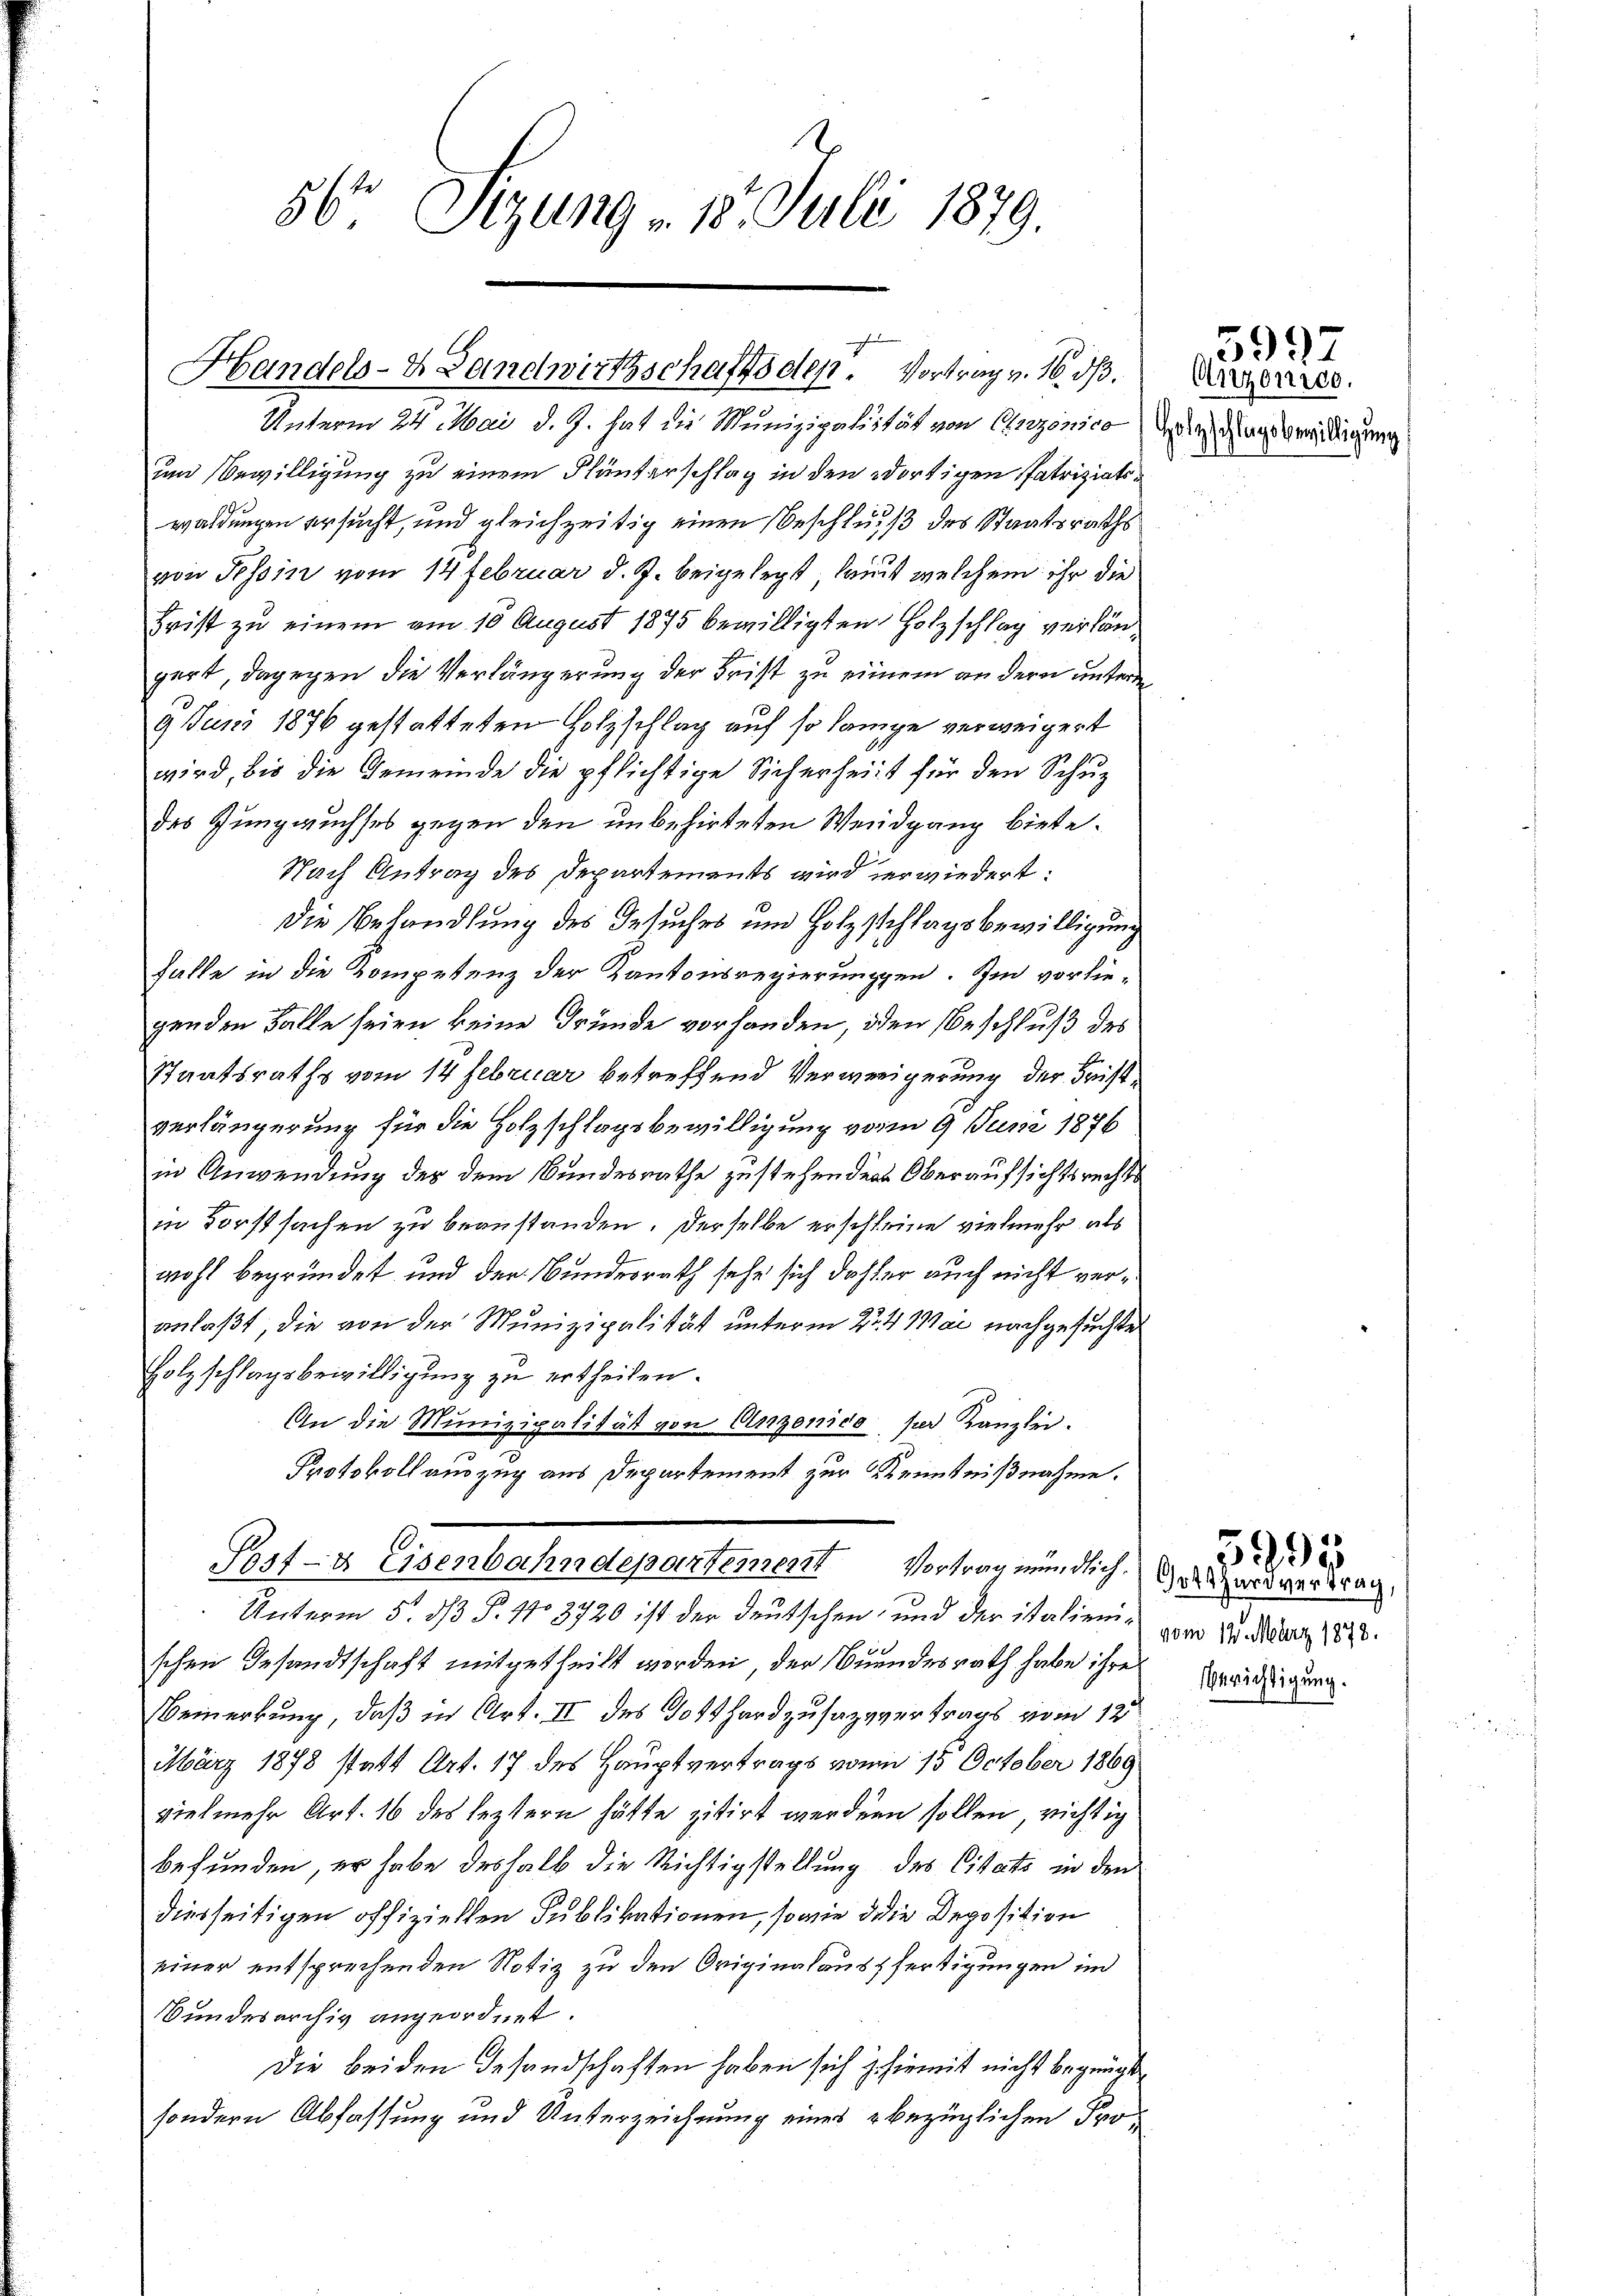
56. Sitzung - 18. Juli 1879.

Handels- & Landwirtschaftsden. Vortrag v. 16. ds.

Frist zu einem am 10 August 1875 bewilligten Holzschlag verlängert, dagegen die Verlängerung der Frist zu einem andern unterm
9 Juni 1876 gestatteten Holzschlag auf so lange verweigert
wird, bis die Gemeinde die pflichtige Sicherheit für den Schu
das Zungwuchses gegen den unbehirteten Weidgang biete.
Nach Antrag des Departements wird verwiedert:
Die Behandlung des Gesuches und Holzschlagsbewilligung
falle in die Kompetenz der Kantonsregierungen. Im vorliegenden Falle seien keine Gründe vorhanden, den Beschluß des
Staatsraths vom 14 Februar betreffend Verwenigerung der Fristverlängerung für die Holzschlagsbewilligung vom 9 Juni 1876
in Anwendung der dem Bundesrathe zu stehenden Oberaufsichtsrechts
in Forstsachen zu beanstanden. Derselbe erschleine vielmehr als
wohl begründet und der Bundesrath sehr sich daher auch nicht veranlaßt, die von der Munizipalität unterm 24. Mai nachgesuchte
Holzschlagsbewilligung zu ertheilen.
An die Munizipalität von Anzonico, per Kanzlei.
e
Protokoll auszug aus Departement zur Kenntnißnahme.
Post- & Eisenbahndepartement Vortrag mündlich.
Unterm 5. dß P. No 3720 ist der deutschen, und der ist alienischen Gesandtschaft mitgetheilt worden, der Bundesrath habe ihre
Bemerkung, daß in Art. II des Gotthard zusazpvertrags vom 12t
März 1878 statt Art. 17 des Hauptvertrags vom 15. October 1869
vielmehr Art. 16 des leztern hätte zitirt werden sollen, richtig
befunden, er habe deshalb die Richtigstellung des Citato in den
diesseitigen offiziellen Publikationen, sowie die Deposition
einer entsprechenden Notiz zu den Originalausfertigungen in
Bundesarchiv angeordnet.
Die beiden Gesandschaften haben sich hiemit nicht begnügt,
sondern Abfassung und Unterzeichnung eines bezüglichen Pro¬

Unterm 24. Mai d. J. hat die Munizipalität von Anzonico die Gagsverdigung
um Bewilligung zu einem Flunterschlag in den dortigen Patriziatswaldungen ersucht, und gleichzeitig einen Beschluss des Staatsraths
von Tessin vom 14 Februar d. J. beigelegt, laut welchem ihr die

Anzonico.

5927

Gotthardvertrag,
vom 12. März 1873.
Berichtigung.

5995